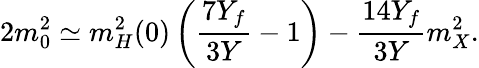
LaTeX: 2m_{0}^{2}\simeq m_{H}^{2}(0)\left(\frac{7Y_{f}}{3Y}-1\right)-\frac{14Y_{f}}{3Y}m_{X}^{2}.